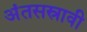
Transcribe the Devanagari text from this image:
अंतसस्रावी